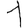
Digit: 1